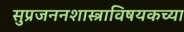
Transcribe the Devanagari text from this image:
सुप्रजननशास्त्राविषयकच्या